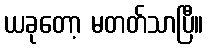
ယခုတော့ မတတ်သာပြီ။